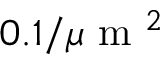
0 . 1 / \mu \mathrm { ~ m ~ } ^ { 2 }